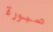
صبورة